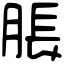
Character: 脹